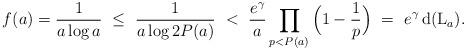
LaTeX: \begin{align*}f(a) = \frac{1}{a\log a} \ \le \ \frac{1}{a\log 2P(a)} \ < \ \frac{e^\gamma}{a}\prod_{p<P(a)}\Big(1-\frac{1}{p}\Big) \ = \ e^\gamma\,{\rm d}({\rm L}_a).\end{align*}